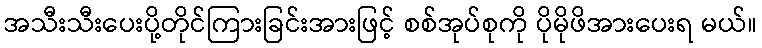
အသီးသီးပေးပို့တိုင်ကြားခြင်းအားဖြင့် စစ်အုပ်စုကို ပိုမိုဖိအားပေးရ မယ်။